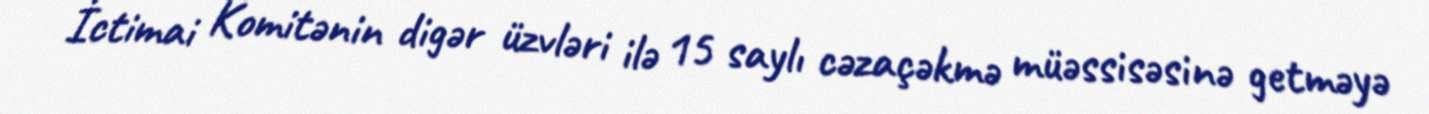
İctimai Komitənin digər üzvləri ilə 15 saylı cəzaçəkmə müəssisəsinə getməyə